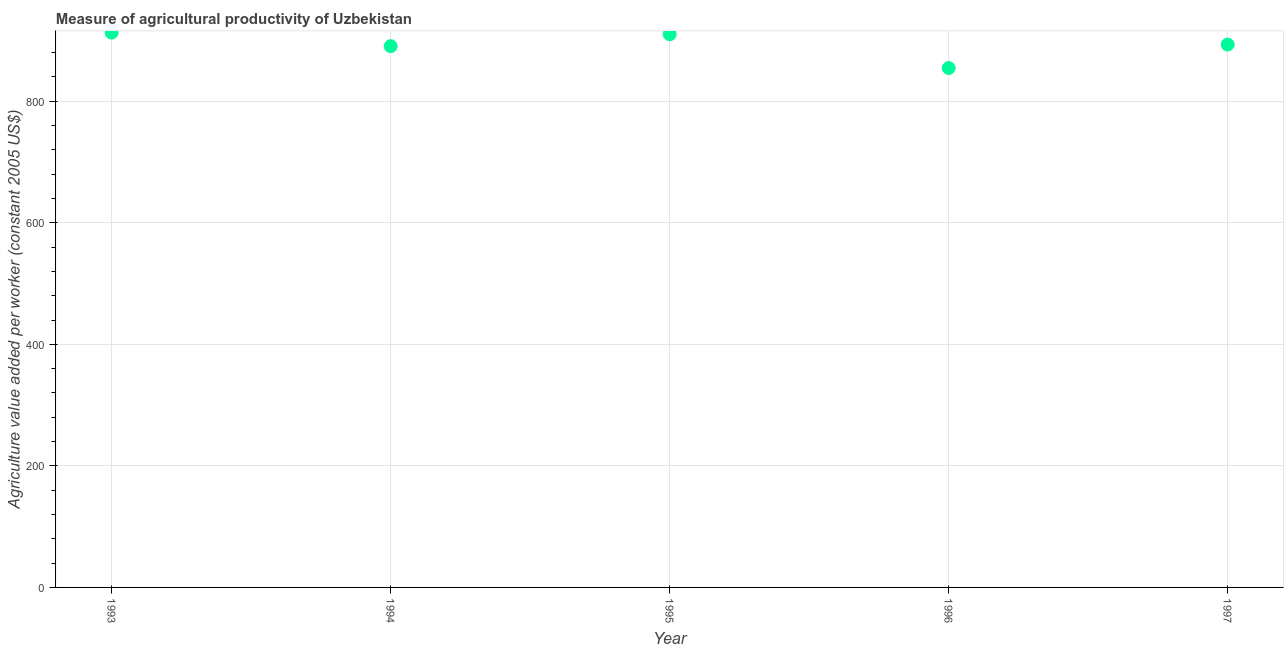
| Year | Agriculture value added per worker |
 | --- | --- |
 | 1993 | 913 |
 | 1994 | 891 |
 | 1995 | 910 |
 | 1996 | 855 |
 | 1997 | 893 |